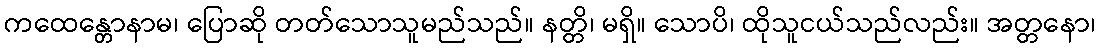
ကထေန္တောနာမ၊ ပြောဆို တတ်သောသူမည်သည်။ နတ္တိ၊ မရှိ။ သောပိ၊ ထိုသူငယ်သည်လည်း။ အတ္တနော၊